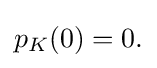
{\textstyle p_{K}(0)=0.}